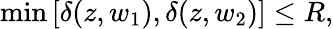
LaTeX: \operatorname*{min}\left[\delta(z,w_{1}),\delta(z,w_{2})\right]\leq R,